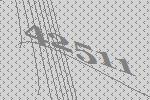
42511